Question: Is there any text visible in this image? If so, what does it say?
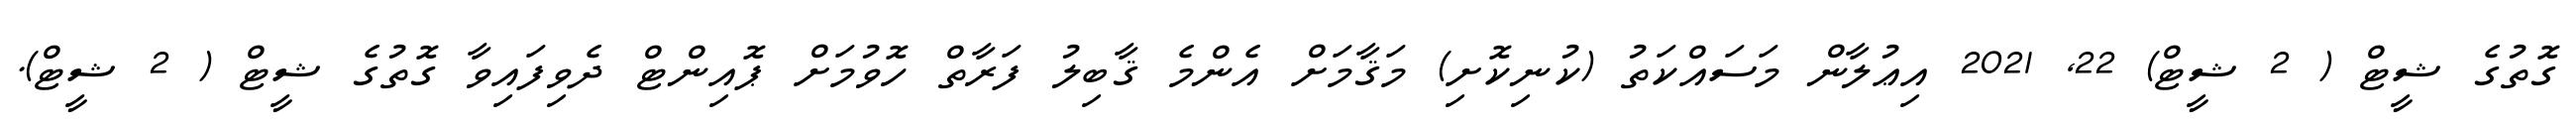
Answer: ގޮތުގެ ޝީޓް ( 2 ޝީޓް) 22, 2021 އިޢުލާން މަސައްކަތު (ކުނިކޮށި) މަޤާމަށް އެންމެ ޤާބިލު ފަރާތް ހޮވުމަށް ޕޮއިންޓް ދެވިފައިވާ ގޮތުގެ ޝީޓް ( 2 ޝީޓް).